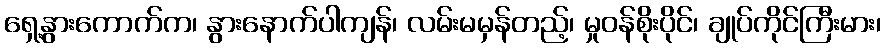
ရှေ့နွားကောက်က၊ နွားနောက်ပါကျန်၊ လမ်းမမှန်တည့်၊ မှုဝန်စိုးပိုင်၊ ချုပ်ကိုင်ကြီးမား၊